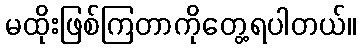
မထိုးဖြစ်ကြတာကိုတွေ့ရပါတယ်။